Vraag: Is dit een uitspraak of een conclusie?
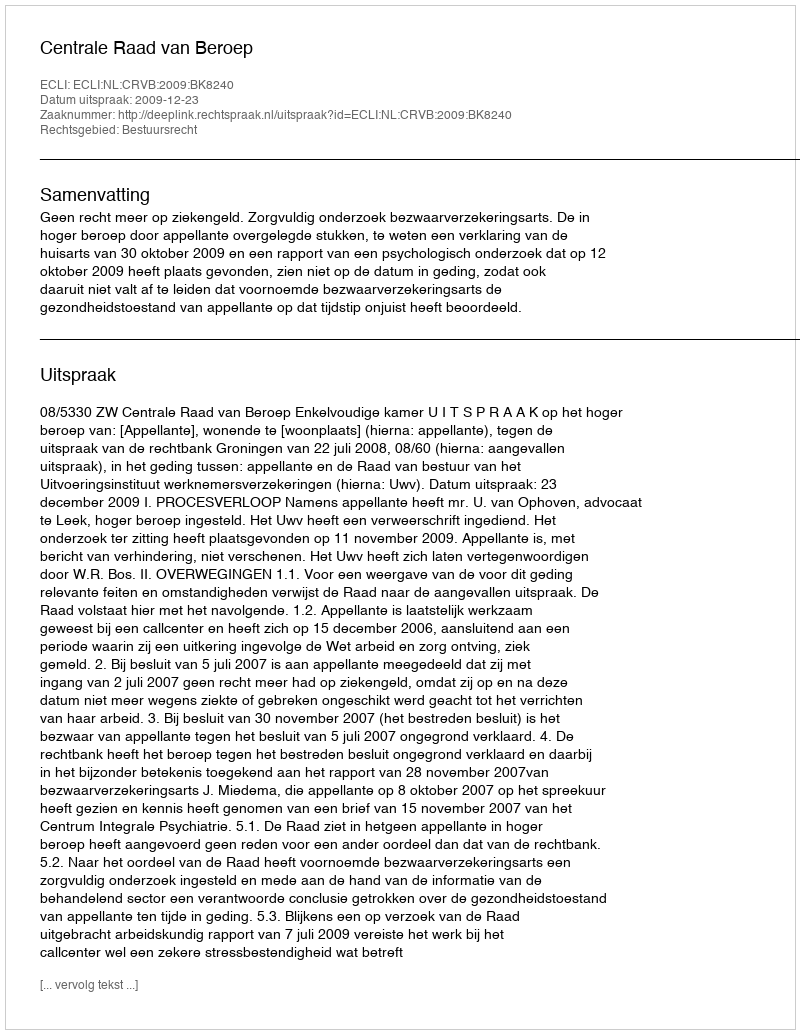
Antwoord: Uitspraak